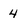
Character: 4